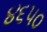
૪૬૫૦